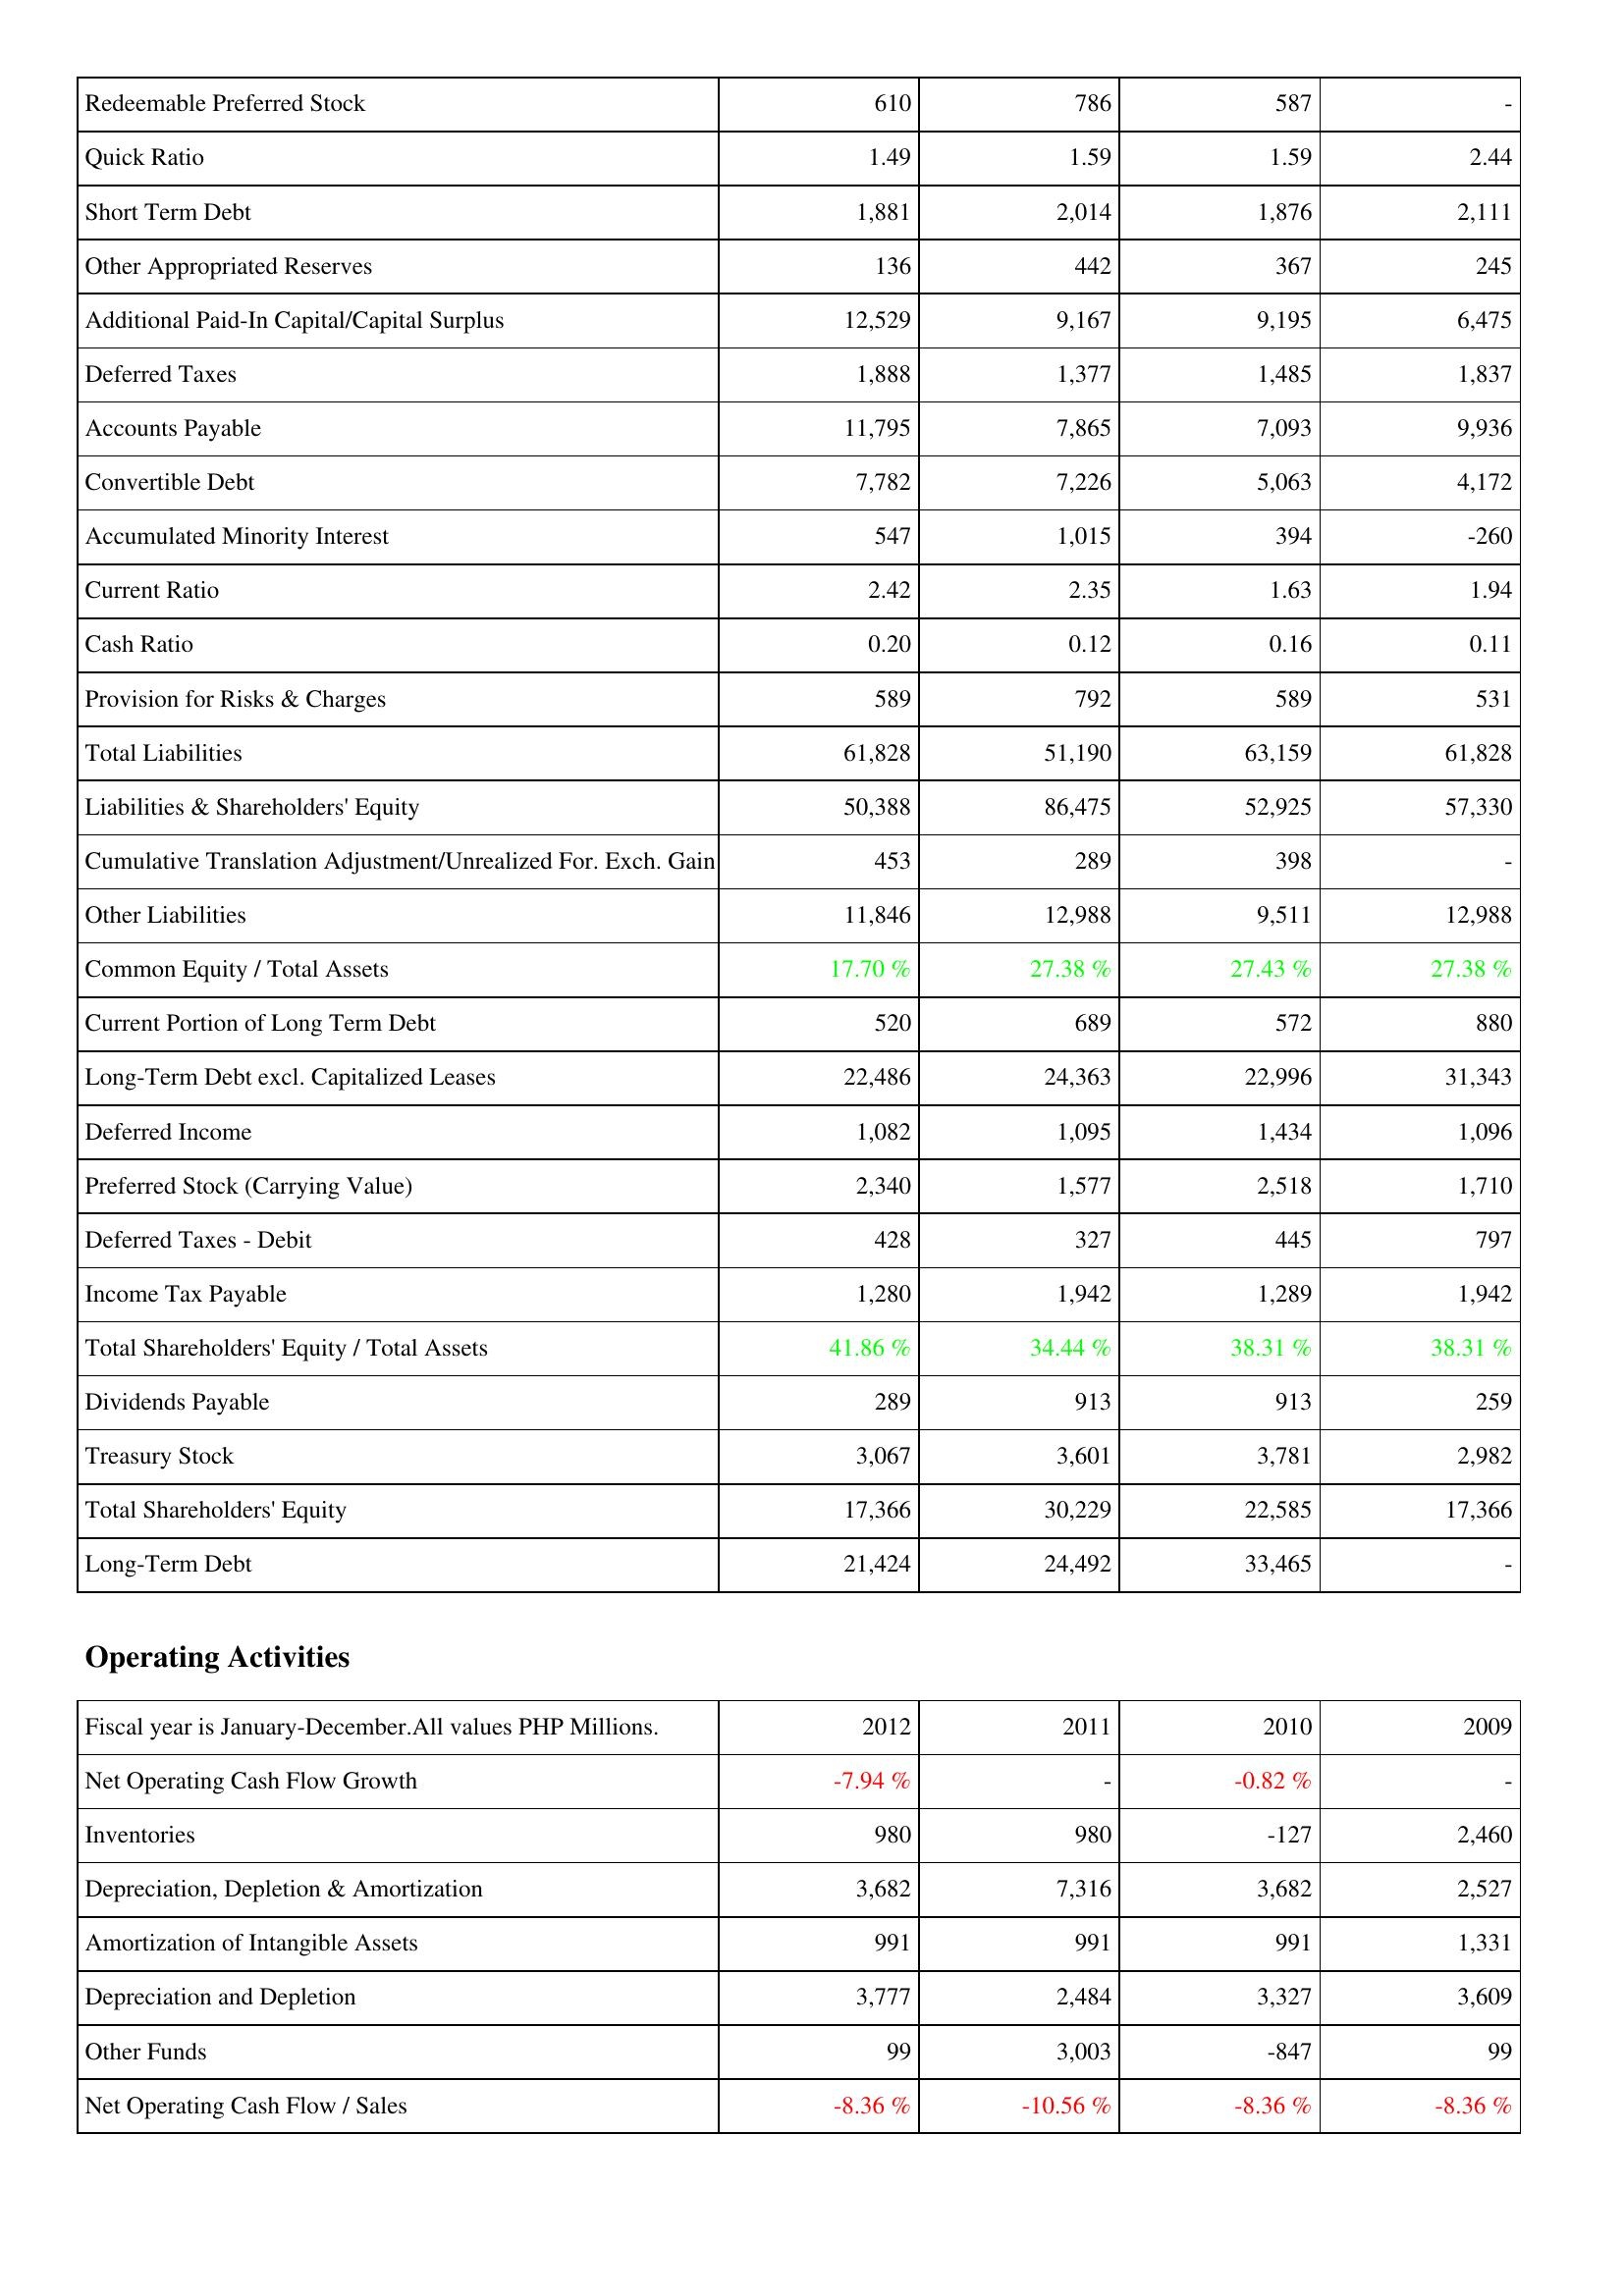
2012: Liabilities & Shareholders' Equity: Redeemable Preferred Stock: 610
Quick Ratio: 1.49
Short Term Debt: 1,881
Other Appropriated Reserves: 136
Additional Paid-In Capital/Capital Surplus: 12,529
Deferred Taxes: 1,888
Accounts Payable: 11,795
Convertible Debt: 7,782
Accumulated Minority Interest: 547
Current Ratio: 2.42
Cash Ratio: 0.20
Provision for Risks & Charges: 589
Total Liabilities: 61,828
Liabilities & Shareholders' Equity: 50,388
Cumulative Translation Adjustment/Unrealized For. Exch. Gain: 453
Other Liabilities: 11,846
Common Equity / Total Assets: 17.70 %
Current Portion of Long Term Debt: 520
Long-Term Debt excl. Capitalized Leases: 22,486
Deferred Income: 1,082
Preferred Stock (Carrying Value): 2,340
Deferred Taxes - Debit: 428
Income Tax Payable: 1,280
Total Shareholders' Equity / Total Assets: 41.86 %
Dividends Payable: 289
Treasury Stock: 3,067
Total Shareholders' Equity: 17,366
Long-Term Debt: 21,424
Operating Activities: Net Operating Cash Flow Growth: -7.94 %
Inventories: 980
Depreciation, Depletion & Amortization: 3,682
Amortization of Intangible Assets: 991
Depreciation and Depletion: 3,777
Other Funds: 99
Net Operating Cash Flow / Sales: -8.36 %
2011: Liabilities & Shareholders' Equity: Redeemable Preferred Stock: 786
Quick Ratio: 1.59
Short Term Debt: 2,014
Other Appropriated Reserves: 442
Additional Paid-In Capital/Capital Surplus: 9,167
Deferred Taxes: 1,377
Accounts Payable: 7,865
Convertible Debt: 7,226
Accumulated Minority Interest: 1,015
Current Ratio: 2.35
Cash Ratio: 0.12
Provision for Risks & Charges: 792
Total Liabilities: 51,190
Liabilities & Shareholders' Equity: 86,475
Cumulative Translation Adjustment/Unrealized For. Exch. Gain: 289
Other Liabilities: 12,988
Common Equity / Total Assets: 27.38 %
Current Portion of Long Term Debt: 689
Long-Term Debt excl. Capitalized Leases: 24,363
Deferred Income: 1,095
Preferred Stock (Carrying Value): 1,577
Deferred Taxes - Debit: 327
Income Tax Payable: 1,942
Total Shareholders' Equity / Total Assets: 34.44 %
Dividends Payable: 913
Treasury Stock: 3,601
Total Shareholders' Equity: 30,229
Long-Term Debt: 24,492
Operating Activities: Net Operating Cash Flow Growth: -
Inventories: 980
Depreciation, Depletion & Amortization: 7,316
Amortization of Intangible Assets: 991
Depreciation and Depletion: 2,484
Other Funds: 3,003
Net Operating Cash Flow / Sales: -10.56 %
2010: Liabilities & Shareholders' Equity: Redeemable Preferred Stock: 587
Quick Ratio: 1.59
Short Term Debt: 1,876
Other Appropriated Reserves: 367
Additional Paid-In Capital/Capital Surplus: 9,195
Deferred Taxes: 1,485
Accounts Payable: 7,093
Convertible Debt: 5,063
Accumulated Minority Interest: 394
Current Ratio: 1.63
Cash Ratio: 0.16
Provision for Risks & Charges: 589
Total Liabilities: 63,159
Liabilities & Shareholders' Equity: 52,925
Cumulative Translation Adjustment/Unrealized For. Exch. Gain: 398
Other Liabilities: 9,511
Common Equity / Total Assets: 27.43 %
Current Portion of Long Term Debt: 572
Long-Term Debt excl. Capitalized Leases: 22,996
Deferred Income: 1,434
Preferred Stock (Carrying Value): 2,518
Deferred Taxes - Debit: 445
Income Tax Payable: 1,289
Total Shareholders' Equity / Total Assets: 38.31 %
Dividends Payable: 913
Treasury Stock: 3,781
Total Shareholders' Equity: 22,585
Long-Term Debt: 33,465
Operating Activities: Net Operating Cash Flow Growth: -0.82 %
Inventories: -127
Depreciation, Depletion & Amortization: 3,682
Amortization of Intangible Assets: 991
Depreciation and Depletion: 3,327
Other Funds: -847
Net Operating Cash Flow / Sales: -8.36 %
2009: Liabilities & Shareholders' Equity: Redeemable Preferred Stock: -
Quick Ratio: 2.44
Short Term Debt: 2,111
Other Appropriated Reserves: 245
Additional Paid-In Capital/Capital Surplus: 6,475
Deferred Taxes: 1,837
Accounts Payable: 9,936
Convertible Debt: 4,172
Accumulated Minority Interest: -260
Current Ratio: 1.94
Cash Ratio: 0.11
Provision for Risks & Charges: 531
Total Liabilities: 61,828
Liabilities & Shareholders' Equity: 57,330
Cumulative Translation Adjustment/Unrealized For. Exch. Gain: -
Other Liabilities: 12,988
Common Equity / Total Assets: 27.38 %
Current Portion of Long Term Debt: 880
Long-Term Debt excl. Capitalized Leases: 31,343
Deferred Income: 1,096
Preferred Stock (Carrying Value): 1,710
Deferred Taxes - Debit: 797
Income Tax Payable: 1,942
Total Shareholders' Equity / Total Assets: 38.31 %
Dividends Payable: 259
Treasury Stock: 2,982
Total Shareholders' Equity: 17,366
Long-Term Debt: -
Operating Activities: Net Operating Cash Flow Growth: -
Inventories: 2,460
Depreciation, Depletion & Amortization: 2,527
Amortization of Intangible Assets: 1,331
Depreciation and Depletion: 3,609
Other Funds: 99
Net Operating Cash Flow / Sales: -8.36 %